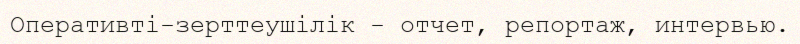
Оперативті-зерттеушілік - отчет, репортаж, интервью.